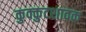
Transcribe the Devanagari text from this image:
कुक्कुटशावक